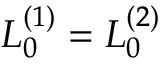
L _ { 0 } ^ { ( 1 ) } = L _ { 0 } ^ { ( 2 ) }